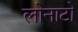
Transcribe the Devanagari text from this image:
लोनाटो